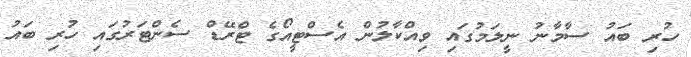
ހުރި ބައު ސާމާނު ނީލަމުގައި ވިއްކާލުން އެސްޓީއޯގެ ޓްރޭޑް ސެންޓަރުގައި ހުރި ބައު